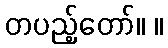
တပည့်တော်။ ။